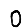
Digit: 0